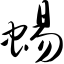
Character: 蜴